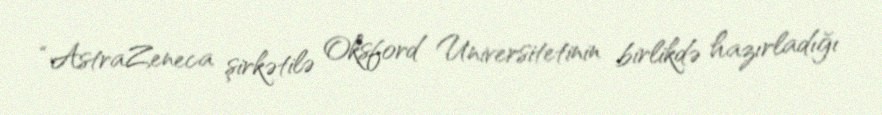
“AstraZeneca şirkətilə Oksford Universitetinin birlikdə hazırladığı